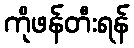
ကိုဖန်တီးရန်